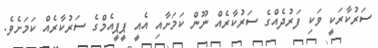
ސަރުކާރަކީ ވަކި ފަރުދެއްގެ ސަރުކާރެއް ނޫން ކަމަށާއި އެއީ ޕީޕީއެމްގެ ސަރުކާރެއް ކަމަށެވެ.